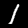
Digit: 1